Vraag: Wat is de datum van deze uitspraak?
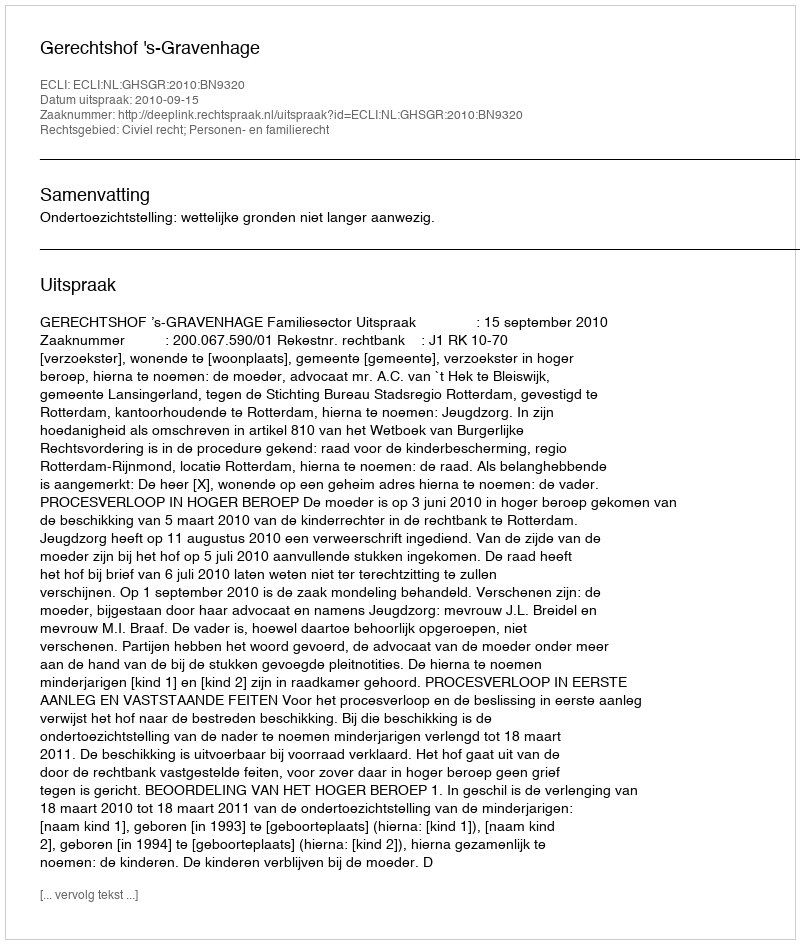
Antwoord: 2010-09-15